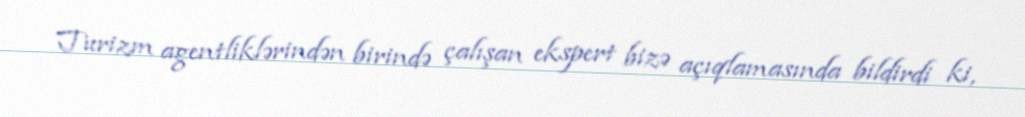
Turizm agentliklərindən birində çalışan ekspert bizə açıqlamasında bildirdi ki,